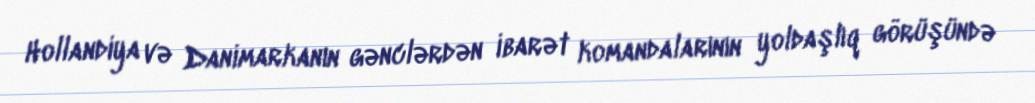
Hollandiya və Danimarkanın gənclərdən ibarət komandalarının yoldaşlıq görüşündə